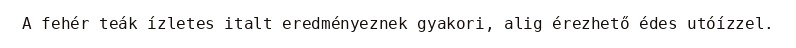
A fehér teák ízletes italt eredményeznek gyakori, alig érezhető édes utóízzel.